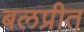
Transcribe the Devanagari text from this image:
बलप्रीत